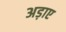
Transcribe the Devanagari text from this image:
अड़ाए